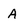
Character: A